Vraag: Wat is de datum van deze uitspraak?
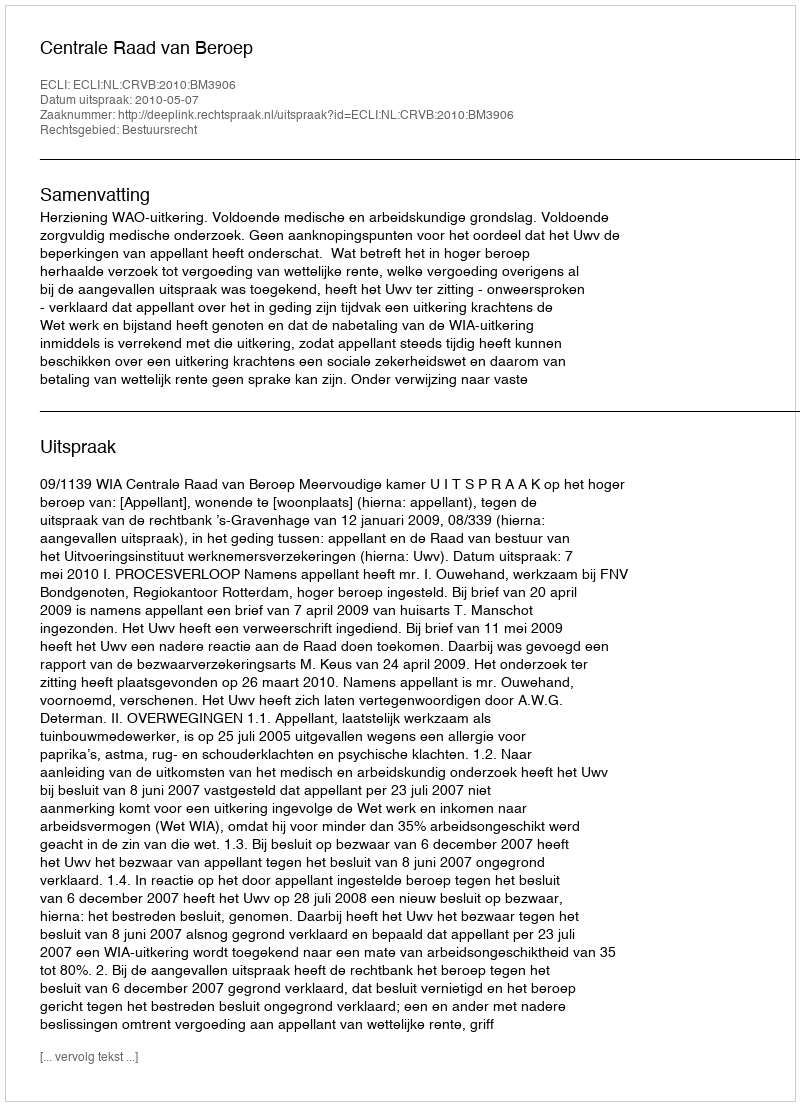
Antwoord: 2010-05-07